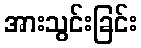
အားသွင်းခြင်း